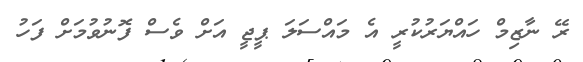
ރޭ ނާޒިމް ހައްޔަރުކުރީ އެ މައްސަލަ ޕީޖީ އަށް ވެސް ފޮނުވުމަށް ފަހު